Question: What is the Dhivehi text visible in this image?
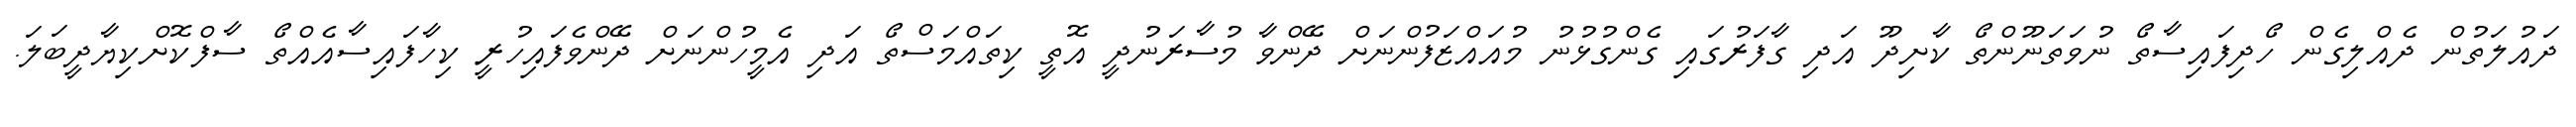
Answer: ދައުލަތުން ދެއްލިގެން ހޯދިފައިސާތޯ ނުވަތަނޫންތޯ ކާށިދޫ އަދި ގާފަރުގައި ގެންގުޅުނު މުއައްޒަފުންނަށް ދޭންވާ މުސާރަނުދީ އޮތީ ކިތައްމަސްތޯ އަދި އެމީހުންނަށް ދޭންވެފައިހުރީ ކިހާފައިސާއެއްތޯ ސާފްކޮށްކިޔާދީބަލަ.